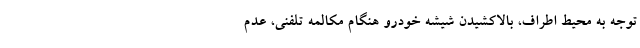
توجه به محیط اطراف، بالاکشیدن شیشه خودرو هنگام مکالمه تلفنی، عدم